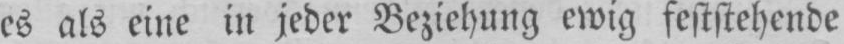
es als eine in jeder Beziehung ewig feststehende